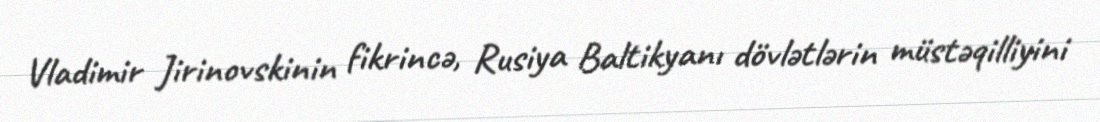
Vladimir Jirinovskinin fikrincə, Rusiya Baltikyanı dövlətlərin müstəqilliyini